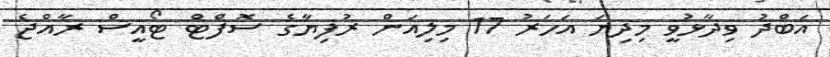
އަބްދު ވިދާޅުވީ މިދިޔަ އަހަރު 17 މިލިއަން ރުފިޔާގެ ސޮފްޓް ޓޯއީސް ރާއްޖެ